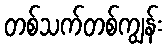
တစ်သက်တစ်ကျွန်း